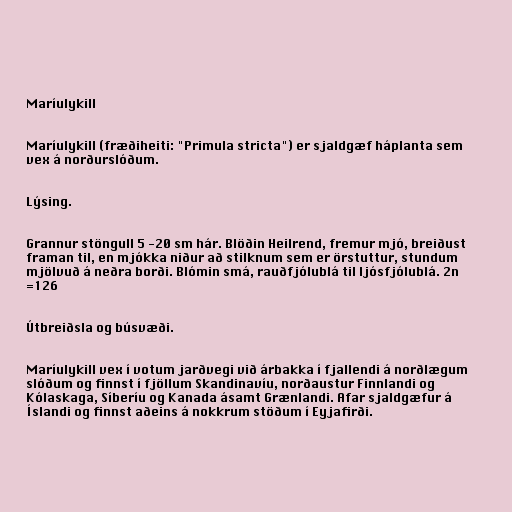
Maríulykill

Maríulykill (fræðiheiti: "Primula stricta") er sjaldgæf háplanta sem
vex á norðurslóðum.

Lýsing.

Grannur stöngull 5 -20 sm hár. Blöðin Heilrend, fremur mjó, breiðust
framan til, en mjókka niður að stilknum sem er örstuttur, stundum
mjölvuð á neðra borði. Blómin smá, rauðfjólublá til ljósfjólublá. 2n
=126

Útbreiðsla og búsvæði.

Maríulykill vex í votum jarðvegi við árbakka í fjallendi á norðlægum
slóðum og finnst í fjöllum Skandinavíu, norðaustur Finnlandi og
Kólaskaga, Síberíu og Kanada ásamt Grænlandi. Afar sjaldgæfur á
Íslandi og finnst aðeins á nokkrum stöðum í Eyjafirði.